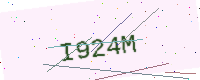
Text: I924M